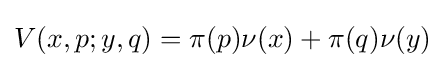
V(x,p;y,q)=\pi (p)\nu (x)+\pi (q)\nu (y)